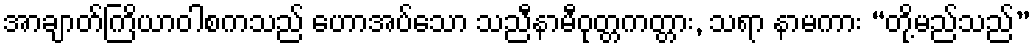
အာချာတ်ကြိယာဝါစကသည် ဟောအပ်သော သညီနာမီဝုတ္တကတ္တား, သရာ နာမကား “တို့မည်သည်”